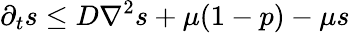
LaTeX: \partial_{t}s\le D\nabla^{2}s+\mu(1-p)-\mu s